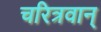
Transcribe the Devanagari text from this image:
चरित्रवान्‌